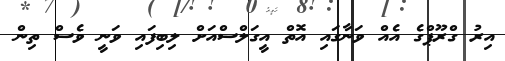
އިރު ގްރޫޕްގެ އެއް ވަނާގައި އޮތް އީގަލްސްއަށް ލިބިފައި ވަނީ ވެސް ތިން